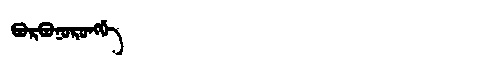
Manchu: ᡦᠣᡵᡦᠣᠨᠣᡵᠣᠩᡤᡝ
Romanization: PORPONORONGGE